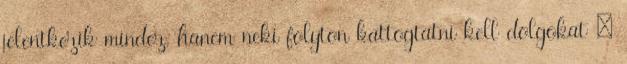
jelentkezik mindez, hanem neki folyton kattogtatni kell dolgokat –